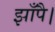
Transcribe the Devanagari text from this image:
झाँपै।